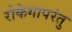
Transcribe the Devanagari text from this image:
रोकेगापरंतु